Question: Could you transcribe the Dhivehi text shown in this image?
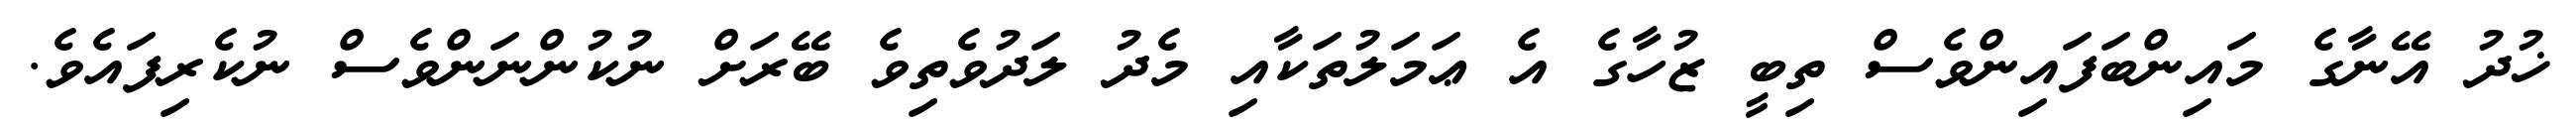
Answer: ޚުދު އޭނާގެ މައިންބަފައިންވެސް ތިބީ ޒުހާގެ އެ ޢަމަލުތަކާއި މެދު ލަދުވެތިވެ ބޭރަށް ނުކުންނަންވެސް ނުކެރިފައެވެ.